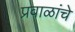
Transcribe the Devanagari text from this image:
प्रवाळांचे